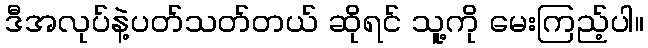
ဒီအလုပ်နဲ့ပတ်သတ်တယ် ဆိုရင် သူ့ကို မေးကြည့်ပါ။